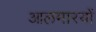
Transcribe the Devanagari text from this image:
आलमारयों